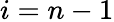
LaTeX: i=n-1